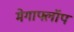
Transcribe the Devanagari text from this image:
मेगाफ्लॉप